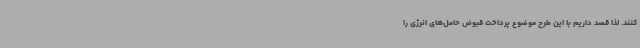
کنند. لذا قصد داریم با این طرح موضوع پرداخت قبوض حامل‌های انرژی را